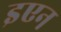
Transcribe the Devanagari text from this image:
इएन